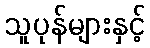
သူပုန်များနှင့်